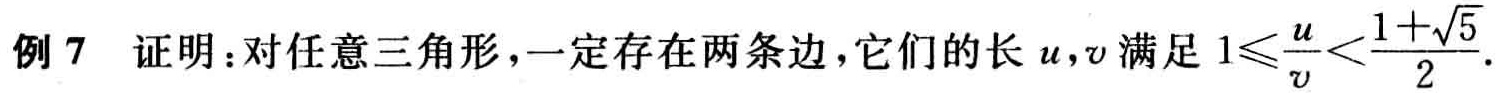
例 7  证明：对任意三角形，一定存在两条边，它们的长 \(u,v\) 满足 \(1\leqslant\frac{u}{v}<\frac{1 + \sqrt{5}}{2}\).